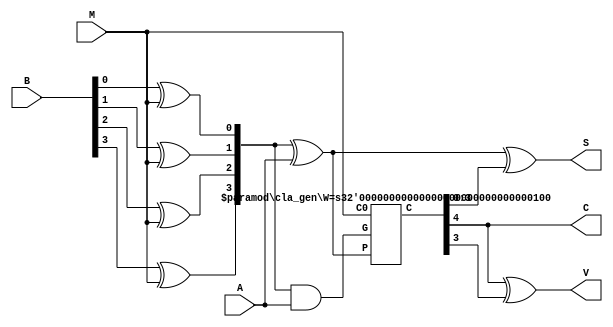


module addsub_cla(A, B, S, C, M, V);
	parameter W=4;
	
	input signed [W-1:0] A;
	input signed [W-1:0] B;
	output signed [W-1:0] S;
	output C;
	input M;
	output V;
	
	wire [W-1:0] P;
	wire [W:0] Ci;
	wire [W-1:0] G;
	wire [W-1:0] BxorM;
	
	genvar i;
	generate
		for(i=0; i<W; i=i+1)
		begin
			assign BxorM[i] = B[i]^M;
		end
	endgenerate
	
	assign P[W-1:0] = BxorM[W-1:0]^A[W-1:0];
	assign G[W-1:0] = BxorM[W-1:0]&A[W-1:0];
	cla_gen #(.W(W)) CLAGEN(.P(P), .G(G), .C0(M), .C(Ci));
	
	assign S[W-1:0] = P[W-1:0]^Ci[W-1:0];
	assign V = Ci[W]^Ci[W-1];
	assign C = Ci[W];
		
endmodule

module cla_gen(P, G, C0, C);
	parameter W=4;
	
	input [W-1:0] P, G;
	input C0;
	output [W:0] C;
	
	assign C[0] = C0;
	assign C[W:1] = G[W-1:0]|(P[W-1:0]&C[W-1:0]);
	
endmodule